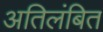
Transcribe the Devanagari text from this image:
अतिलंबित